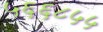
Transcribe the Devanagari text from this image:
५६६८५५